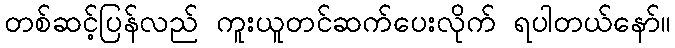
တစ်ဆင့်ပြန်လည် ကူးယူတင်ဆက်ပေးလိုက် ရပါတယ်နော်။